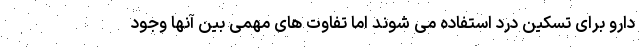
دارو برای تسکین درد استفاده می شوند اما تفاوت های مهمی بین آنها وجود